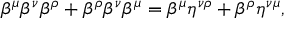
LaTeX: \beta ^ { \mu } \beta ^ { \nu } \beta ^ { \rho } + \beta ^ { \rho } \beta ^ { \nu } \beta ^ { \mu } = \beta ^ { \mu } \eta ^ { \nu \rho } + \beta ^ { \rho } \eta ^ { \nu \mu } ,